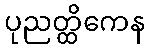
ပုညတ္ထိကေန